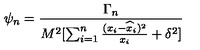
\psi _ { n } = { \frac { \Gamma _ { n } } { M ^ { 2 } [ \sum _ { i = 1 } ^ { n } { \frac { ( x _ { i } - { \widehat x } _ { i } ) ^ { 2 } } { x _ { i } } } + \delta ^ { 2 } ] } }